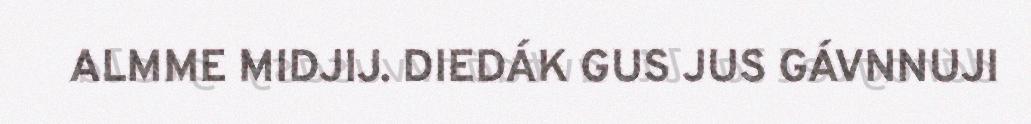
ALMME MIDJIJ. DIEDÁK GUS JUS GÁVNNUJI